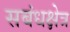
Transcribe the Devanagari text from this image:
सबंधक्षेत्र